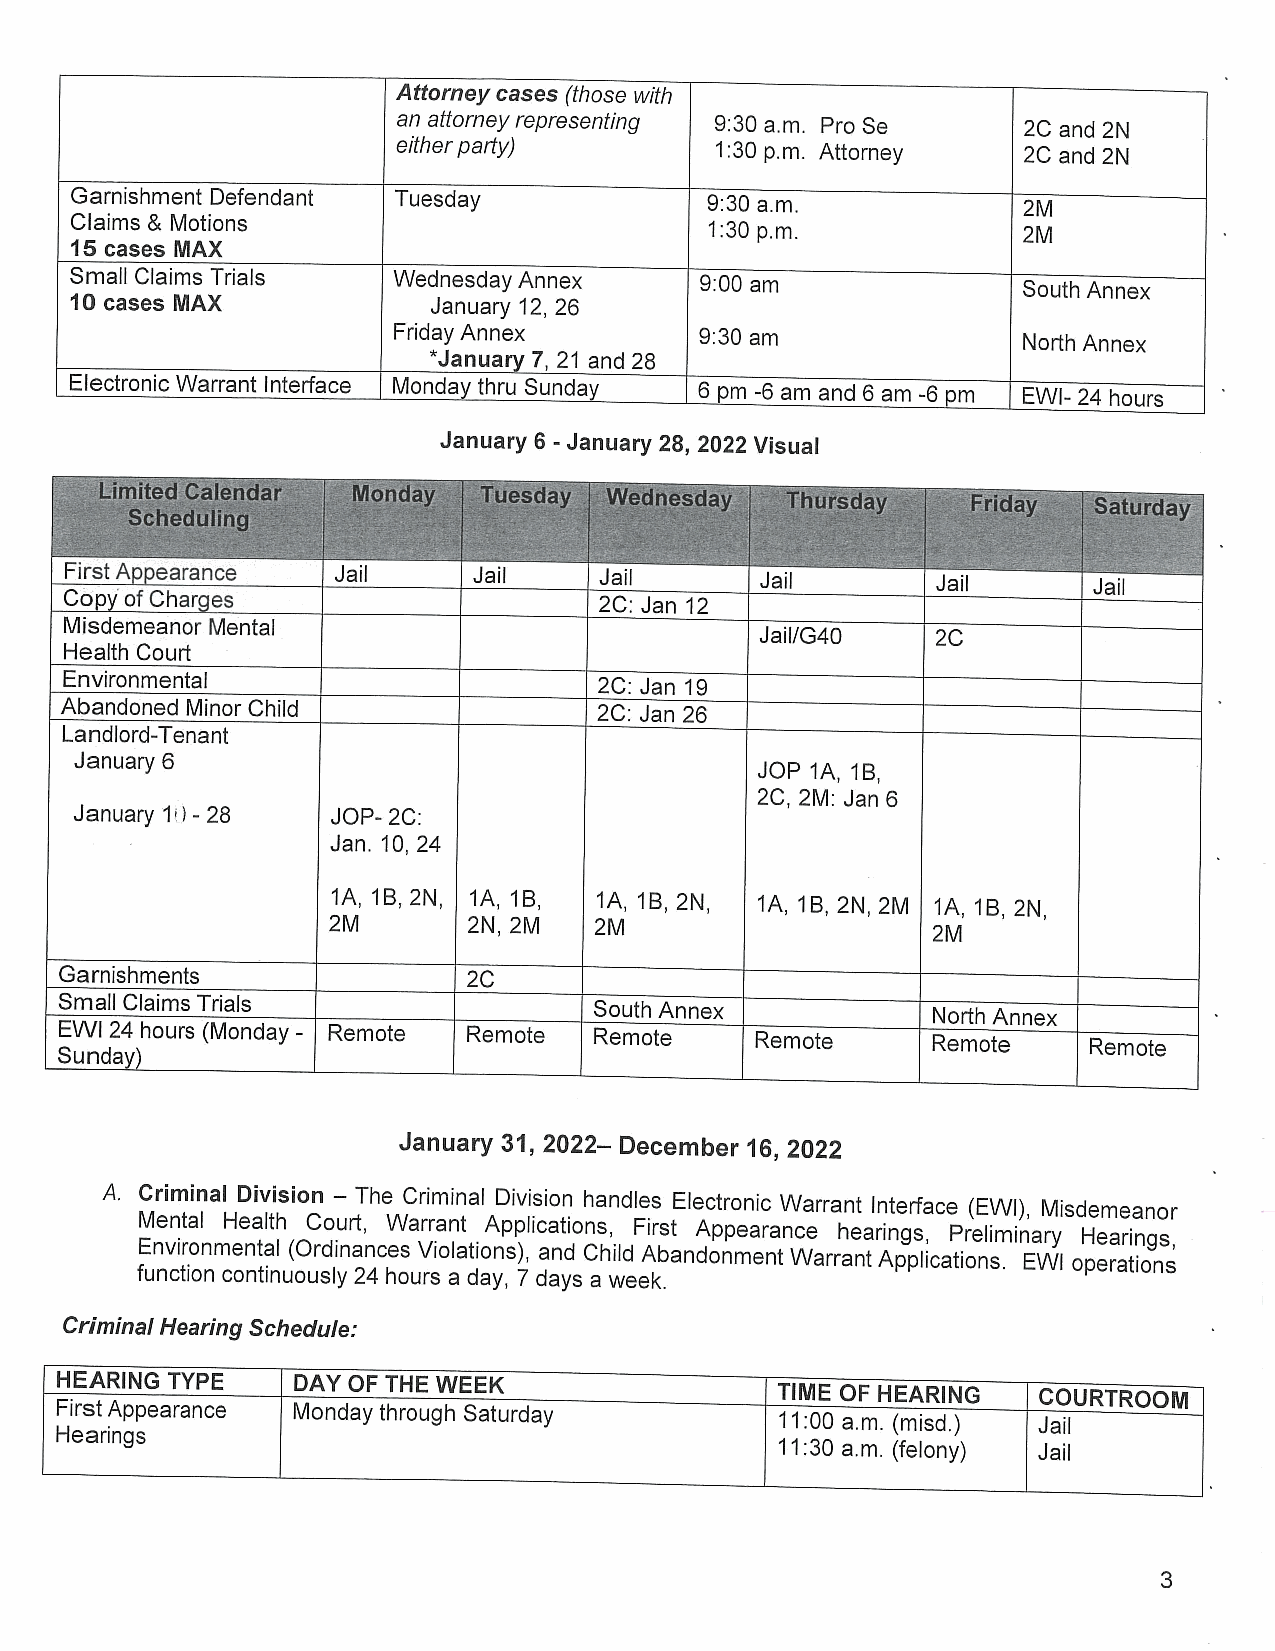
Attorneycases (those with
 an attorneyrepresenting 9:30 a.m. Pro Se  2C and 2N
 eitherparty)         1:30 p.m. Attorney   2C and 2N
 Garnishment Defendant Tuesday             9:30 a.m.            2M
 Claims & Motions
 1:30 p.m.            2M
 15 cases MAX
 Small Claims Trials  WednesdayAnnex      9:00 am               South Annex
 10 cases MAX            January 12, 26
 FridayAnnex         9:30 am               North Annex
 *January 7, 21 and 28
 Electronic Warrant Interface Mondaythru Sunday 6 pm -6 am and 6 am -6 pm EWI-24 hours | ©
 January 6 - January 28, 2022 Visual
 FirstAppearance   Jail     Jail     Jail      Jail        Jail      Jail
 CopyofCharges
 2C: Jan 12
 Misdemeanor Mental
 Jail/G40    2C
 Health Court
 Environmental
 2C: Jan 19
 Abandoned Minor Child               2C: Jan 26
 Landlord-Tenant
 January 6
 JOP 1A, 1B,
 2C, 2M: Jan 6
 January 1/) - 28 JOP- 2C:
 Jan. 10, 24
 1A, 1B, 2N, 1A, 1B, 1A, 1B, 2N, 1A, 1B, 2N, 2M 1A, 1B, 2N,
 2M       2N, 2M  2M                     2M
 Garnishments               2C
 Small Claims Trials
 South Annex            North Annex
 EVVI 24 hours (Monday - Remote Remote Remote  Remote      Remote    Remote
 Sunday)
 |
 January 31, 2022—- December16, 2022
 ||
 A. Criminal Division — The Criminal Division handles Electronic Warrant Interface (EWI), Misdemeanor
 Mental Health Court, Warrant Applications, First Appearance hearings, Preliminary Hearings,
 Environmental (Ordinances Violations), and Child Abandonment WarrantApplications. EWI operations
 function continuously 24 hours a day, 7 days a week.
 |
 CriminalHearing Schedule:
 HEARING TYPE   DAY OF THE WEEK                  TIME OF HEARING  COURTROOM
 FirstAppearance Mondaythrough Saturday          11:00 a.m. (misd.) Jail
 Hearings
 11:30 a.m. (felony) Jail